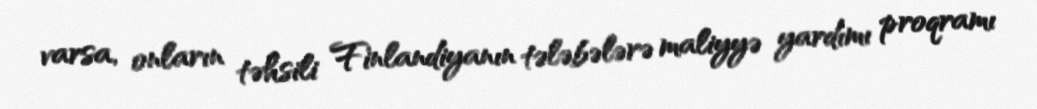
varsa, onların təhsili Finlandiyanın tələbələrə maliyyə yardımı proqramı